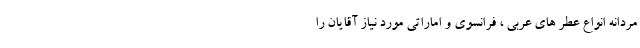
مردانه انواع عطر های عربی ، فرانسوی و اماراتی مورد نیاز آقایان را